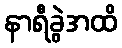
နာရီခွဲအထိ